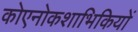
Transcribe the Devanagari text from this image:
कोएनोकशाभिकियों